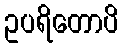
ဥပရိတောပိ